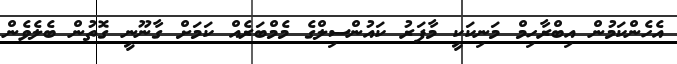
އެހެންކަމުން އިބްރާހިމް މަނިކަކީ މާފަރު ކައުންސިލްގެ މެމްބަރެއް ކަމަށް ގާނޫނީ ގޮތުން ބެލެވެން